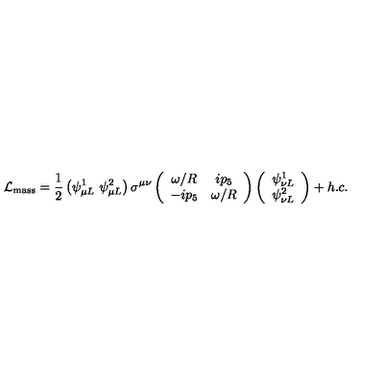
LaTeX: \mathcal L _ { \mathrm { m a s s } } = \frac { 1 } { 2 } \left( \psi _ { \mu L } ^ { 1 } \ \psi _ { \mu L } ^ { 2 } \right) \sigma ^ { \mu \nu } \left( \begin{array} { c c } { \omega / R } & { i p _ { 5 } } \\ { - i p _ { 5 } } & { \omega / R } \\ \end{array} \right) \left( \begin{array} { c } { \psi _ { \nu L } ^ { 1 } } \\ { \psi _ { \nu L } ^ { 2 } } \\ \end{array} \right) + h . c .